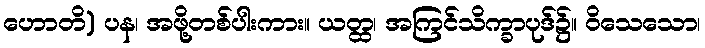
ဟောတိ) ပန၊ အဖို့တစ်ပါးကား။ ယတ္ထ၊ အကြင်သိက္ခာပုဒ်၌။ ဝိသေသော၊